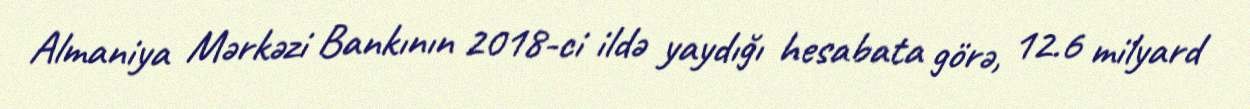
Almaniya Mərkəzi Bankının 2018-ci ildə yaydığı hesabata görə, 12.6 milyard